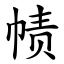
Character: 帻